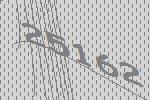
25162